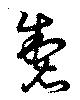
製